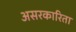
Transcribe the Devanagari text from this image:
असरकारिता